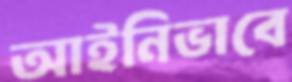
আইনিভাবে